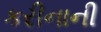
કરીનાની